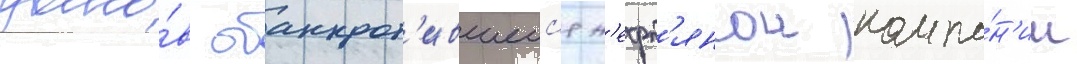
долго́в обанкрот'ившеис'я н'ефт'янои компа́н'ии